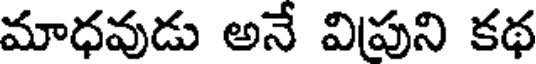
మాధవుడు అనే విపుని కథ